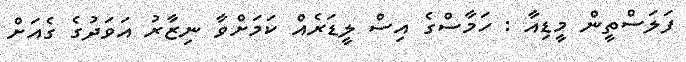
ފަލަސްތީން މީޑިއާ : ހަމާސްގެ އިސް ލީޑަރެއް ކަމަށްވާ ނިޒާރު އަވަދުގެ ގެއަށް